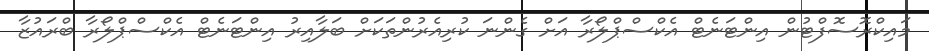
މައިކްރޮސޮފްޓުން އިންޓަނެޓް އެކްސްޕްލޯރާ އަށް ގެންނަ ކުރިއެރުންތަކަށް ބަލާއިރު އިންޓަނެޓް އެކްސްޕްލޯރާ ބްރައުޒާ